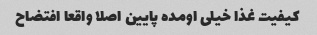
کیفیت غذا خیلی اومده پایین اصلا واقعا افتضاح